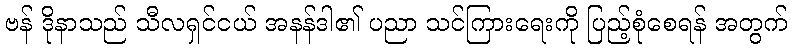
ဗန် ဒိုနာသည် သီလရှင်ငယ် အနန်ဒါ၏ ပညာ သင်ကြားရေးကို ပြည့်စုံစေရန် အတွက်